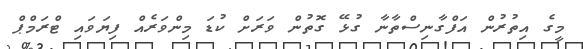
މީގެ އިތުރުން އަފްގާނިސްތާނާ ގުޅޭ ގޮތުން ވަރަށް ކުޑަ މިންވަރެއް ފިޔަވައި ޓްރަމްޕް